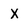
Character: X